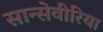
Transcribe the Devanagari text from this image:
सान्सेवीरिया